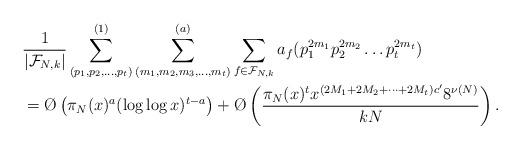
LaTeX: \begin{align*}& \frac{1}{|\mathcal F_{N,k}|}\sum_{(p_1,p_2,\dots ,p_t)}^{(1)}\sum_{(m_1,m_2,m_3,\dots,m_t)}^{(a)}\sum_{f \in \mathcal F_{N,k}} a_f(p_1^{2m_1}p_2^{2m_2}\dots p_t^{2m_t})\\& = \O\left(\pi_N(x)^{a}(\log \log x)^{t-a} \right)+ \O\left(\frac{\pi_N(x)^t x^{(2M_1 + 2M_2 + \dots + 2M_t)c'}8^{\nu(N)}}{k{N}}\right).\end{align*}